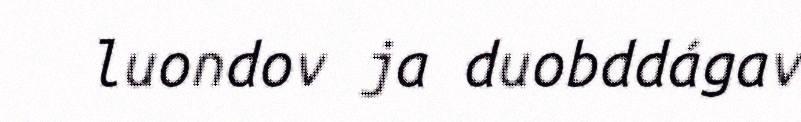
luondov ja duobddágav